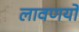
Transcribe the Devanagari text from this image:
लावणयों